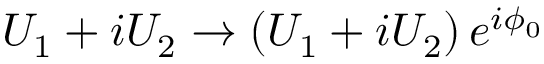
U _ { 1 } + i U _ { 2 } \to \left( U _ { 1 } + i U _ { 2 } \right) e ^ { i \phi _ { 0 } }